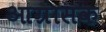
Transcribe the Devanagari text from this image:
आग्रासक